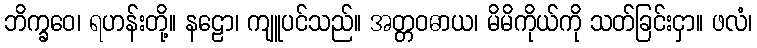
ဘိက္ခဝေ၊ ရဟန်းတို့။ နဠော၊ ကျူပင်သည်။ အတ္တဝဓာယ၊ မိမိကိုယ်ကို သတ်ခြင်းငှာ။ ဖလံ၊